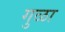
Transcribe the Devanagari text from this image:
गुळा